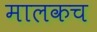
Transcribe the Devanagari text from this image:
मालकच